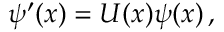
\psi ^ { \prime } ( x ) = U ( x ) \psi ( x ) \, ,